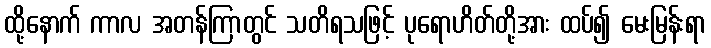
ထို့နောက် ကာလ အတန်ကြာတွင် သတိရသဖြင့် ပုရောဟိတ်တို့အား ထပ်၍ မေးမြန်းရာ